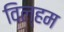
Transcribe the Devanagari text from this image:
विल्‍हम